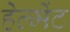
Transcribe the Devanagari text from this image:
हेल्मेंट